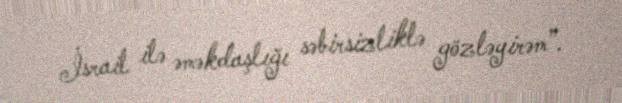
İsrail ilə əməkdaşlığı səbirsizliklə gözləyirəm”.